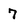
Character: 7